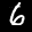
Label: 6